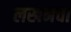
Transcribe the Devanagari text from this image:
लखनचा